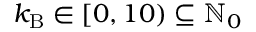
k _ { \mathrm { B } } \in [ 0 , 1 0 ) \subseteq \mathbb { N } _ { 0 }